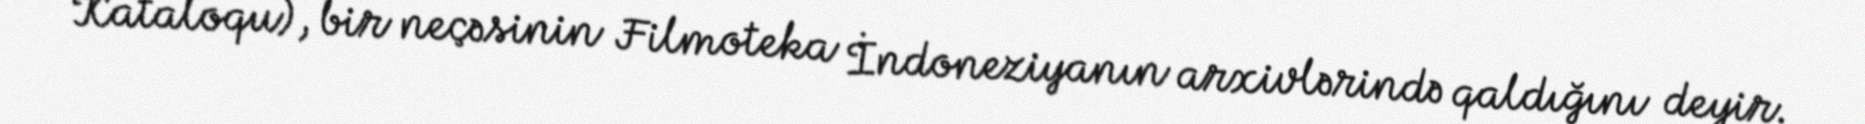
Kataloqu), bir neçəsinin Filmoteka İndoneziyanın arxivlərində qaldığını deyir.